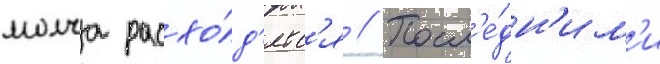
молча расхо́д'ятс'я // Посл'е́дн'им'и